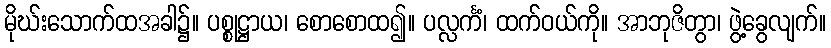
မိုဃ်းသောက်ထအခါ၌။ ပစ္စုဋ္ဌာယ၊ စောစောထ၍။ ပလ္လင်္ကံ၊ ထက်ဝယ်ကို။ အာဘုဇိတွာ၊ ဖွဲ့ခွေလျက်။